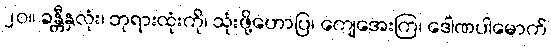
၂၀။ ခန္တီနှလုံး၊ ဘုရားထုံးကို၊ သုံးဖို့ဟောပြ၊ ကျေအေးကြ၊ ဒေါဏပါမောက်